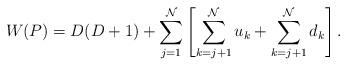
LaTeX: \begin{align*}W(P) = D(D+1) + \sum_{j=1}^{\cal N} \left[\sum_{k=j+1}^{\cal N} u_k + \sum_{k=j+1}^{\cal N} d_k \right].\end{align*}